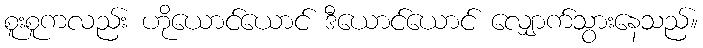
စူးစူကလည်း ဟိုယောင်ယောင် ဒီယောင်ယောင် လျှောက်သွားနေသည်။